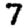
Digit: 7